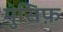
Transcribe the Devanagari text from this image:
मुंसिफ़